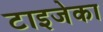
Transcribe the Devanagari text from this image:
टाइजेका